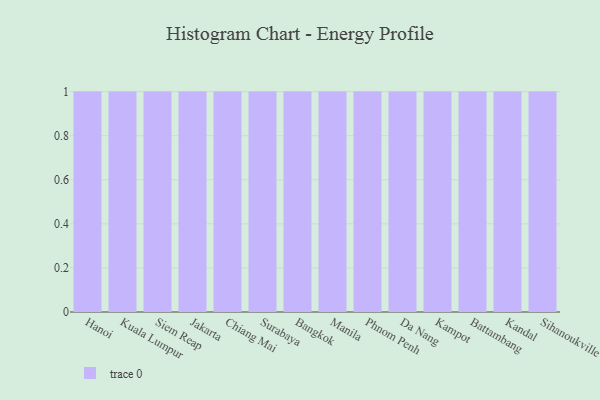
{"axis": {"x": "City", "y": "Temperature (°C)"}, "legend": [""], "data": [{"x": "Hanoi", "y": 77, "type": ""}, {"x": "Kuala Lumpur", "y": 13, "type": ""}, {"x": "Siem Reap", "y": 27, "type": ""}, {"x": "Jakarta", "y": 69, "type": ""}, {"x": "Chiang Mai", "y": 50, "type": ""}, {"x": "Surabaya", "y": 20, "type": ""}, {"x": "Bangkok", "y": 93, "type": ""}, {"x": "Manila", "y": 88, "type": ""}, {"x": "Phnom Penh", "y": 24, "type": ""}, {"x": "Da Nang", "y": 20, "type": ""}, {"x": "Kampot", "y": 78, "type": ""}, {"x": "Battambang", "y": 6, "type": ""}, {"x": "Kandal", "y": 96, "type": ""}, {"x": "Sihanoukville", "y": 80, "type": ""}]}